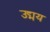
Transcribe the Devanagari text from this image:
उद्मय